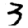
Digit: 3